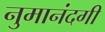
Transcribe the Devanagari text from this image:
नुमानंदगी